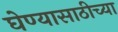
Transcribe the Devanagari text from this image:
घेण्यासाठीच्या